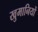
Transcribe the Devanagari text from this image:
खुमानियों